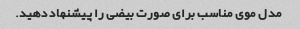
مدل موی مناسب برای صورت بیضی را پیشنهاد دهید.